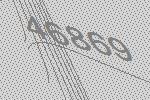
46869